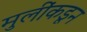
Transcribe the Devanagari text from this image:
मुलींकडून